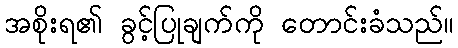
အစိုးရ၏ ခွင့်ပြုချက်ကို တောင်းခံသည်။